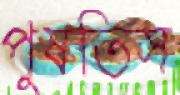
পুষতিস